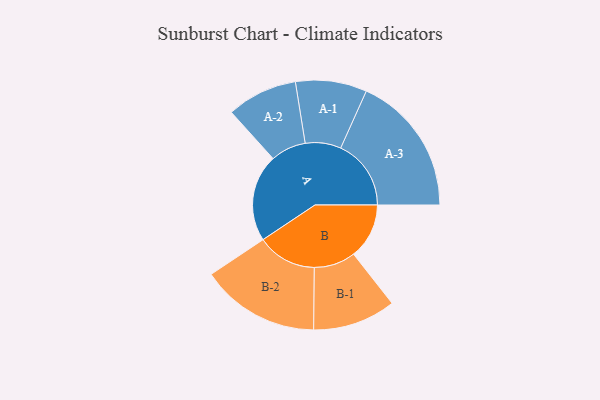
{"axis": {"x": "Segment", "y": "Value"}, "legend": ["", "A", "B"], "data": [{"x": "A", "y": 299, "type": ""}, {"x": "B", "y": 190, "type": ""}, {"x": "A-1", "y": 122, "type": "A"}, {"x": "A-2", "y": 121, "type": "A"}, {"x": "A-3", "y": 241, "type": "A"}, {"x": "B-1", "y": 142, "type": "B"}, {"x": "B-2", "y": 204, "type": "B"}]}